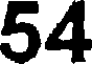
54